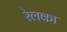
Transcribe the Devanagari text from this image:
रेलका